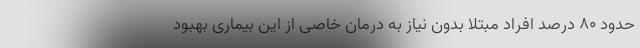
حدود ۸۰ درصد افراد مبتلا بدون نیاز به درمان خاصی از این بیماری بهبود